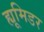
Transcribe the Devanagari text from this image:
ह्यूमिडर